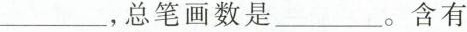
___，总笔画数是___。含有